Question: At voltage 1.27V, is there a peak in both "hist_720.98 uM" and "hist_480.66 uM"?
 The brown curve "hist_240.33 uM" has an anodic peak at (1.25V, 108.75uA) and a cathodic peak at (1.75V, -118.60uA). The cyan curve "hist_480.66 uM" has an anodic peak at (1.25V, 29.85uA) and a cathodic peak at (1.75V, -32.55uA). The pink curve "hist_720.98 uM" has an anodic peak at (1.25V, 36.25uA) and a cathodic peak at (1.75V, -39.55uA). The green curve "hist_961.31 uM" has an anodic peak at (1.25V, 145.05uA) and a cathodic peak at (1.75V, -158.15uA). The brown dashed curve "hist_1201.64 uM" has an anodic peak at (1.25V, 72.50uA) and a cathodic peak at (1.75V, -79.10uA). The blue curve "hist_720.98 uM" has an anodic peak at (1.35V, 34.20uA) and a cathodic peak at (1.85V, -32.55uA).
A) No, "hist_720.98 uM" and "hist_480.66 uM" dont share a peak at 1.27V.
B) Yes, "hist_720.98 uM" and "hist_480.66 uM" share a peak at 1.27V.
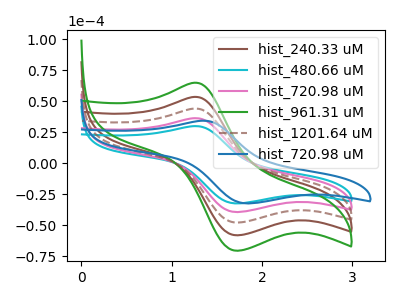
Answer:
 <answer>B) Yes, "hist_720.98 uM" and "hist_480.66 uM" share a peak at 1.27V.</answer>
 <eval>B</eval>